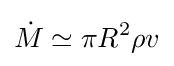
{\dot {M}}\simeq \pi R^{2}\rho v